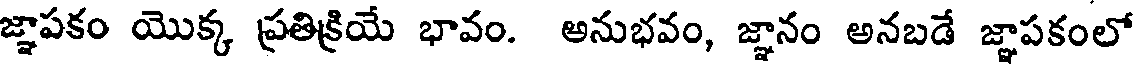
జ్ఞాపకం యొక్క ప్రతిక్రియే భావం. అనుభవం, జ్ఞానం అనబడే జ్ఞాపకంలో